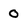
Character: 0